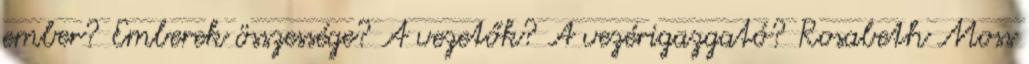
ember? Emberek összessége? A vezetők? A vezérigazgató? Rosabeth Moss